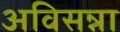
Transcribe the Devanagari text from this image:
अविसन्ना